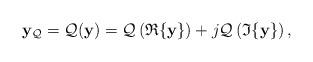
LaTeX: \begin{align*}\mathbf{y}_\mathcal{Q}=\mathcal{Q}(\mathbf{y})=\mathcal{Q}\left(\mathfrak{R}\{\mathbf{y}\}\right)+ j\mathcal{Q}\left(\mathfrak{I}\{\mathbf{y}\}\right),\end{align*}